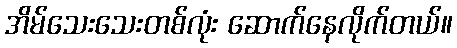
အိမ်သေးသေးတစ်လုံး ဆောက်နေလိုက်တယ်။